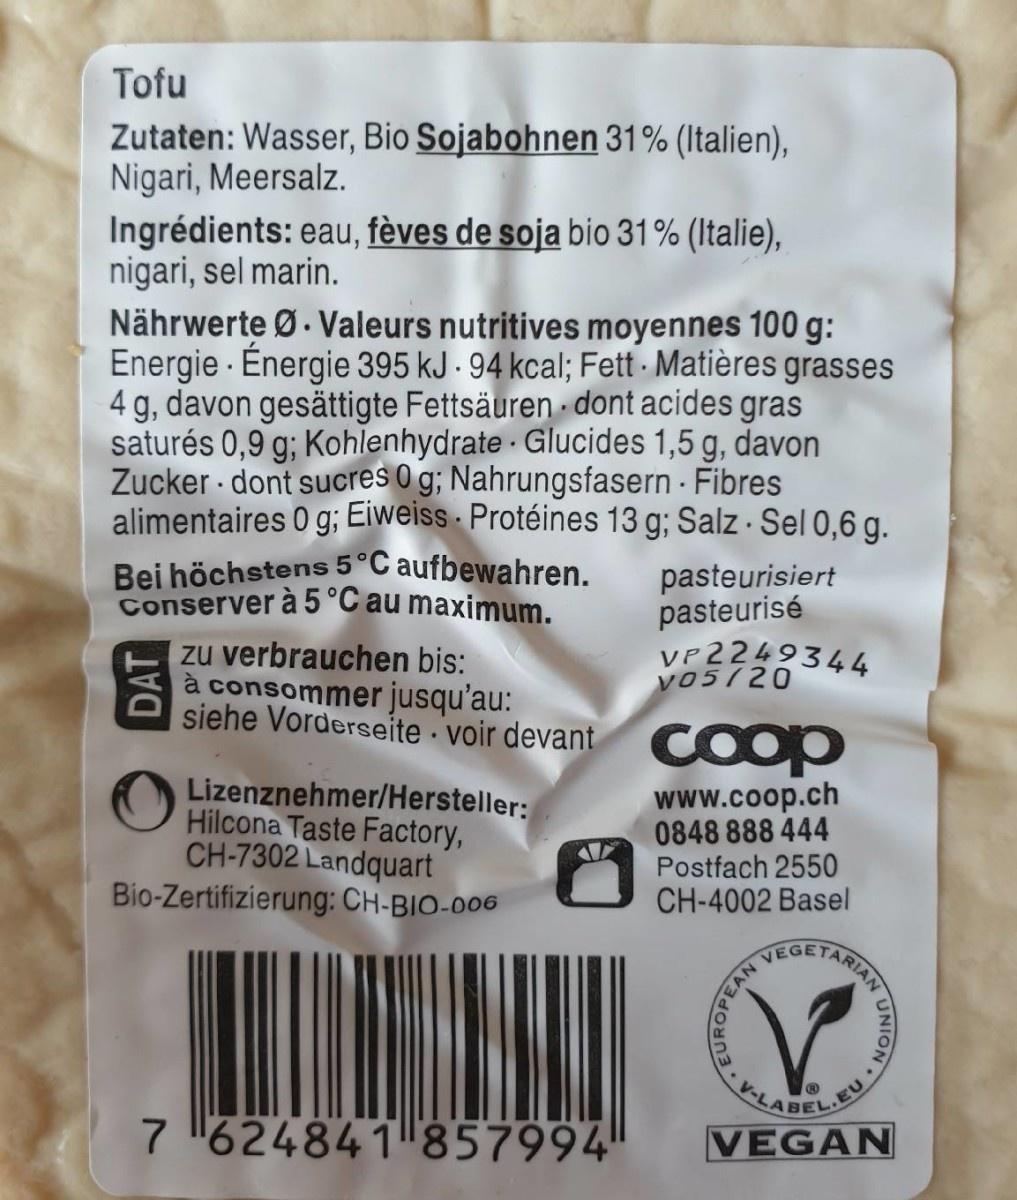
Tofu
Zutaten: Wasser, Bio Sojabohnen 31% (Italien), Nigari, Meersalz. Ingrédients: eau, fèves de soja bio 31% (Italie), nigari, sel marin. Nährwerte Ø. Valeurs nutritives moyennes 100 g: Energie · Énergie 395 kJ - 94 kcal; Fett Matières grasses 4 g, davon gesättigte Fettsäuren dont acides gras saturés 0,9 g; Kohlenhydrate · Glucides 1,5 g, davon Zucker dont sucres 0 g; Nahrungsfasern - Fibres alimentaires 0 g; Eiweiss · Protéines 13 g; Salz Sel 0,6 g.
Bei höchstens 5°C aufbewahren. Conserver à 5 °C au maximum.
pasteurisiert pasteurisé VP2249344
zu verbrauchen bis: à consommer jusqu'au:
V05/20
siehe Vorderseite voir devant C op
Lizenznehmer/Hersteller: Hilcona Taste Factory, CH-7302 Landquart Bio-Zertifizierung: CH-BIO-006
www.coop.ch 0848 888 444 Postfach 2550 CH-4002 Basel
VEGE
7 624841 857994
KLABELE VEGAN
DAT
ARIAN
PEAN
UNION